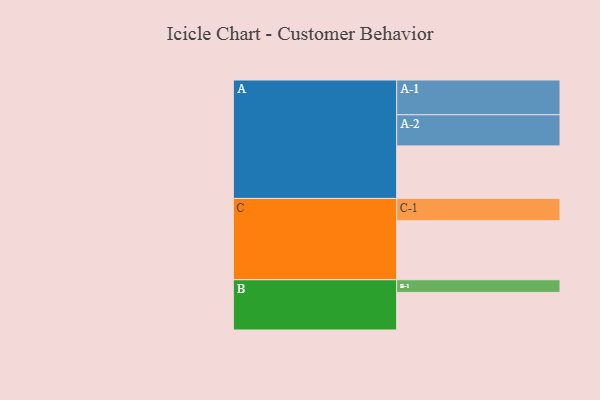
{"axis": {"x": "Segment", "y": "Value"}, "legend": ["", "A", "B", "C"], "data": [{"x": "A", "y": 440, "type": ""}, {"x": "B", "y": 315, "type": ""}, {"x": "C", "y": 494, "type": ""}, {"x": "A-1", "y": 291, "type": "A"}, {"x": "A-2", "y": 261, "type": "A"}, {"x": "B-1", "y": 106, "type": "B"}, {"x": "C-1", "y": 187, "type": "C"}]}